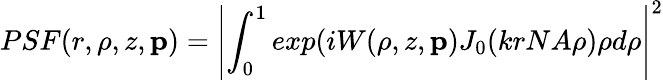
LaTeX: PSF(r,\rho,z,\textbf{p})=\left|\int_{0}^{1}exp(iW(\rho,z,\textbf{p})J_{0}(krNA\rho)\rho d\rho\right|^{2}